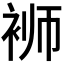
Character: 𬡔